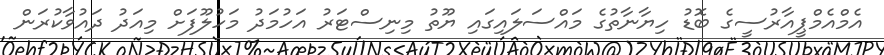
އެމްއެމްޕީއާރުސީގެ ބޮޑު ހިޔާނާތުގެ މައްސަލައިގައި ޔޫތު މިނިސްޓަރު އަހުމަދު މަހުލޫފަށް މިއަދު ދައުވާކުރަން